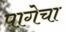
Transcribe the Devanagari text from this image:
पागेचा